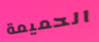
الحميمة